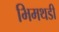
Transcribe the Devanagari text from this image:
भिमथडी